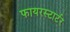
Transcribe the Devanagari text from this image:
फायरस्टार्टर